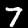
Digit: 7